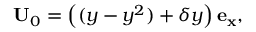
{ \bf U } _ { 0 } = \left( ( y - y ^ { 2 } ) + \delta y \right) { \bf e _ { x } } ,